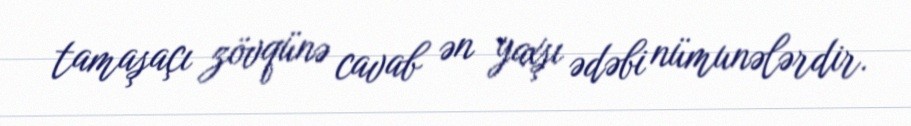
tamaşaçı zövqünə cavab ən yaxşı ədəbi nümunələrdir.